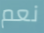
نعم